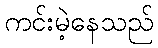
ကင်းမဲ့နေသည်